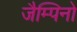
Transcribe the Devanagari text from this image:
जैम्पिनो